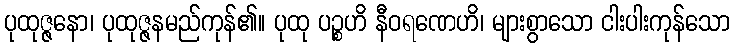
ပုထုဇ္ဇနော၊ ပုထုဇ္ဇနမည်ကုန်၏။ ပုထု ပဉ္စဟိ နီဝရဏေဟိ၊ များစွာသော ငါးပါးကုန်သော